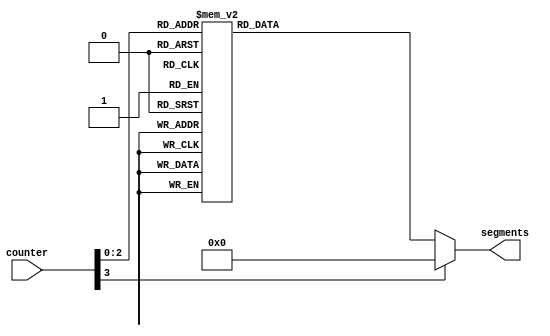

/*
      -- 1 --
     |       |
     6       2
     |       |
      -- 7 --
     |       |
     5       3
     |       |
      -- 4 --
*/

module seg7 (
    input wire [3:0] counter,
    output reg [6:0] segments
);

    always @(*) begin
        case(counter)
            //                7654321
            0:  segments = 7'b0111111;
            1:  segments = 7'b0000110;
            2:  segments = 7'b1011011;
            3:  segments = 7'b1001111;
            4:  segments = 7'b1100110;
            5:  segments = 7'b1101101;
            6:  segments = 7'b1111101;
            7:  segments = 7'b0000111;
            
	    default:
                segments = 7'b0000000;
        endcase
    end

endmodule